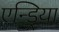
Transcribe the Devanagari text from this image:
एन्ड्रिया